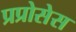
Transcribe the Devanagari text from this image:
प्रप्रोसेस